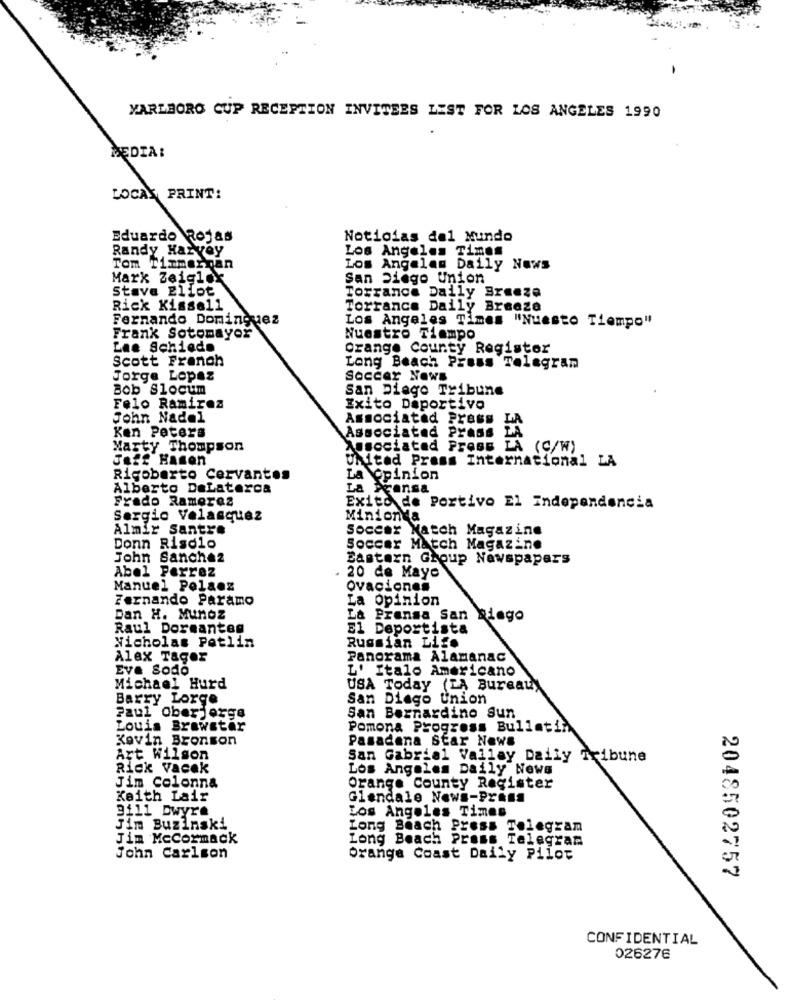
MARLBORO CUP RECEPTION INVITEES LEST FOR LOS ANGELES 1990
MEDIA:
LOCAL PRINT:
Eduardo Rojas
Noticias del Mundo
Randy Harvey
Los Angeles Times
Tom Timmerman
Los Angeles Daily News
Mark Zeiglok
San Diego Union
Stave Eliot
Torrance Daily Breeze
Rick Kissell
Torrance Daily Breeze
Fernando Dominguez
Los Angeles Times "Nuesto Tiempo"
Frank Sotomayor
Nuestro Tiempo
Lae Schiede
Orange County Register
Scott French
Long Beach Press Telegran
Jorge Lopez
Soccer Naws
Bob Slocum
San Diego Tribune
Felo Ramirez
Zxito Deportivo
John Nadal
Associated Press
Ken Peters
Associated Press
Marty Thompson
Associated Press
LA (C/W)
Jeff Hasen
United Press International LA
Rigoberto Cervantes
La opinion
Alberto DeLaterca
Prensa
Frado Ramerez
Exito de Portivo El Independencia
Sergio Velasquez
Minionda
Almir Santre
Soccer Match Magazine
Donn Risdlo
Soccer Match Magazine
John Sanchez
Eastern Group Newspapers
Abel Ferraz
20 de Mayo
Manuel Polaoz
Ovaciones
Fernando Paramo
La Opinion
Dan H. MunOZ
La Prensa San Riego
Raul Dormanteg
El Deportista
Nicholas Petlin
Russian Life
Alex Tager
Panorama Alamanac
Eve Sodo
L' Italo Americano
Michael Hurd
USA Today (LA Bureau)
Barry Lorge
San Diego Union
Paul Oberjorge
San Bernardino Sun
Louis Brewster
Pomona Progress Bulletin
Kevin Bronson
Pasadena Star News
Art Wilson
San Gabriel Valley Daily Tribune
Rick Vacek
Los Angeles Daily News
Jim Colonna
Orange County Register
Keith Lair
Glendale News-Prens
9111 Dwyre
Los Angeles Times
Jim Buzinski
Long Beach Press Telegram
Jim Mccormack
Long Beach Press Telegram
John Carlson
Orange Coast Daily Pilot
2048502757
CONFIDENTIAL
026276